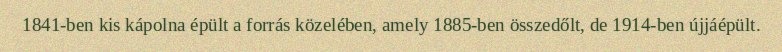
1841-ben kis kápolna épült a forrás közelében, amely 1885-ben összedőlt, de 1914-ben újjáépült.